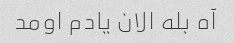
آه بله الان یادم اومد